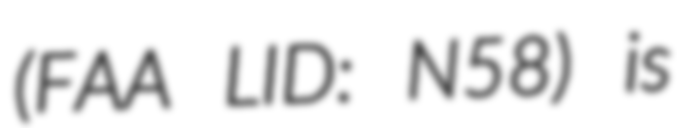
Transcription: (FAA LID: N58) is